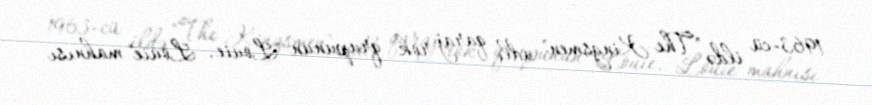
1963-cü ildə "The Kingsmen" adlı qaraj rok qrupunun "Louie, Louie" mahnısı